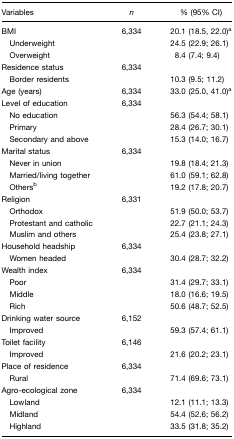
<table><thead><tr><td><b>Variables</b></td><td><b><i>n</i></b></td><td><b>% (95% CI)</b></td></tr></thead><tbody><tr><td>BMI</td><td>6,334</td><td>20.1 (18.5, 22.0)a</td></tr><tr><td> Underweight</td><td></td><td>24.5 (22.9; 26.1)</td></tr><tr><td> Overweight</td><td></td><td>8.4 (7.4; 9.4)</td></tr><tr><td>Residence status</td><td>6,334</td><td></td></tr><tr><td> Border residents</td><td></td><td>10.3 (9.5; 11.2)</td></tr><tr><td>Age (years)</td><td>6,334</td><td>33.0 (25.0, 41.0)a</td></tr><tr><td>Level of education</td><td>6,334</td><td></td></tr><tr><td> No education</td><td></td><td>56.3 (54.4; 58.1)</td></tr><tr><td> Primary</td><td></td><td>28.4 (26.7; 30.1)</td></tr><tr><td> Secondary and above</td><td></td><td>15.3 (14.0; 16.7)</td></tr><tr><td>Marital status</td><td>6,334</td><td></td></tr><tr><td> Never in union</td><td></td><td>19.8 (18.4; 21.3)</td></tr><tr><td> Married/living together</td><td></td><td>61.0 (59.1; 62.8)</td></tr><tr><td> Othersb</td><td></td><td>19.2 (17.8; 20.7)</td></tr><tr><td>Religion</td><td>6,331</td><td></td></tr><tr><td> Orthodox</td><td></td><td>51.9 (50.0; 53.7)</td></tr><tr><td> Protestant and catholic</td><td></td><td>22.7 (21.1; 24.3)</td></tr><tr><td> Muslim and others</td><td></td><td>25.4 (23.8; 27.1)</td></tr><tr><td>Household headship</td><td>6,334</td><td></td></tr><tr><td> Women headed</td><td></td><td>30.4 (28.7; 32.2)</td></tr><tr><td>Wealth index</td><td>6,334</td><td></td></tr><tr><td> Poor</td><td></td><td>31.4 (29.7; 33.1)</td></tr><tr><td> Middle</td><td></td><td>18.0 (16.6; 19.5)</td></tr><tr><td> Rich</td><td></td><td>50.6 (48.7; 52.5)</td></tr><tr><td>Drinking water source</td><td>6,152</td><td></td></tr><tr><td> Improved</td><td></td><td>59.3 (57.4; 61.1)</td></tr><tr><td>Toilet facility</td><td>6,146</td><td></td></tr><tr><td> Improved</td><td></td><td>21.6 (20.2; 23.1)</td></tr><tr><td>Place of residence</td><td>6,334</td><td></td></tr><tr><td> Rural</td><td></td><td>71.4 (69.6; 73.1)</td></tr><tr><td>Agro-ecological zone</td><td>6,334</td><td></td></tr><tr><td> Lowland</td><td></td><td>12.1 (11.1; 13.3)</td></tr><tr><td> Midland</td><td></td><td>54.4 (52.6; 56.2)</td></tr><tr><td> Highland</td><td></td><td>33.5 (31.8; 35.2)</td></tr></tbody></table>